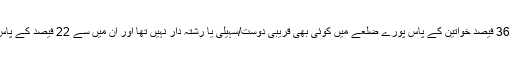
لیکن جتنی خواتین سے بات کی گئی ان میں سے تقریبا 36 فیصد خواتین کے پاس پورے ضلعے میں کوئی بھی قریبی دوست/سہیلی یا رشتہ دار نہیں تھا اور ان میں سے 22 فیصد کے پاس تو کہیں بھی کوئی قریبی دوست یا رشتہ دار نہیں تھا۔